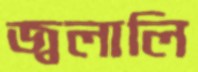
জ্বলালি